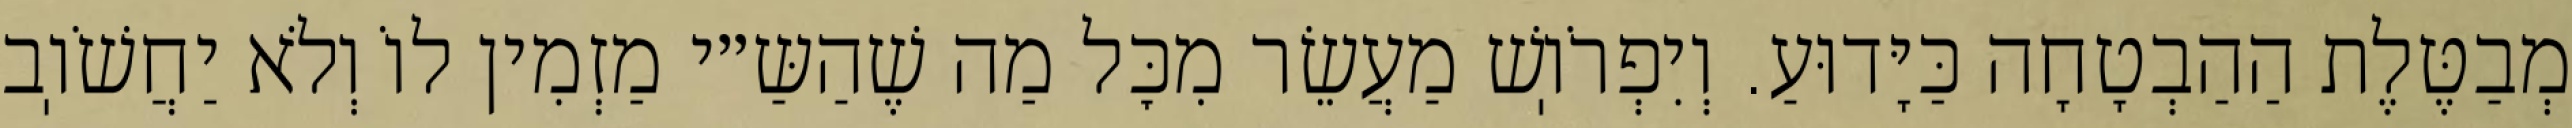
מְבַטֶּלֶת הַהַבְטָחָה כַּיָּדוּעַ. וְיִפְרֹוֽשׁ מַעֲשֵׂר מִכׇּל מַה שֶׁהַשַּ״י מַזְמִין לוֹ וְלֹא יַחֲשֹׁוֽב